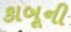
કાબૂની